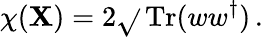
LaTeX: \chi(\mathbf{X})=2\sqrt{}{{\, \mathrm{{Tr}}(ww^{\dagger})}}\, .